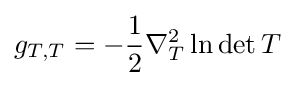
g_{T,T}=-{\frac {1}{2}}\nabla _{T}^{2}\ln \det T